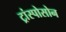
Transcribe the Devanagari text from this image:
ट्रांस्पोसोन